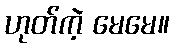
ဟုတ်ကဲ့ မေမေ။